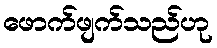
ဖောက်ဖျက်သည်ဟု